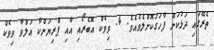
ތެރޭގައި ދަޅުކަން ފާހަގަކޮށްލެވެއެވެ. 4. ވިވެކް އޮބެރޯއި އާއި ޕްރިޔަންކާ އަލްވާ ވިވެކް